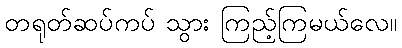
တရုတ်ဆပ်ကပ် သွား ကြည့်ကြမယ်လေ။